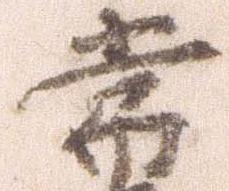
常